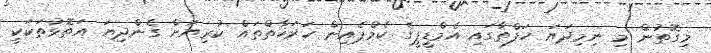
މިގޮތުން މި ނިމިދަޔަ ހަފްތާގައި އެމްޑީޕީގެ ކެމްޕެއިން ހަރަކާތްތައް ކުރިޔަށް ގެންދިޔަ އަތޮޅުތަކަކީ